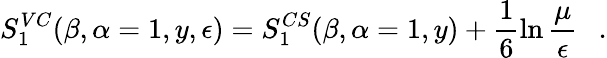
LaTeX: S_{1}^{VC}(\beta,\alpha=1,y,\epsilon)=S_{1}^{CS}(\beta,\alpha=1,y)+\frac 16\ln{\frac{\mu}{\epsilon}}~~~.